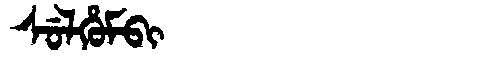
Manchu: ᠰᡠᠯᡥᡠᠮᠪᡳ
Romanization: SULHUMBI